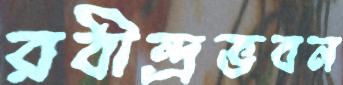
রবীন্দ্রভবন